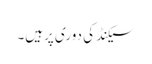
سیکنڈ کی دوری پرہیں۔